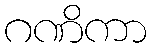
ဂဏိကာ